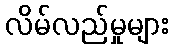
လိမ်လည်မှုများ